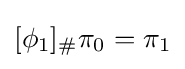
[\phi _{1}]_{\#}\pi _{0}=\pi _{1}